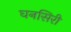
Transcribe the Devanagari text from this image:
घनसिरी